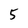
Character: 5